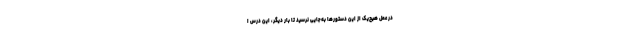
در عمل هیچ‌یک از این دستورها به‌جایی نرسید تا بار دیگر، این درس ا